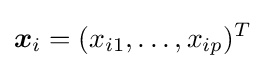
{\boldsymbol {x}}_{i}=(x_{i1},\ldots ,x_{ip})^{T}